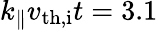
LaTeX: k_{\parallel}v_{\mathrm{th,i}}t=3.1